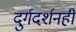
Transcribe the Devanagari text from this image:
दुर्गदर्शनही